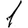
Digit: 1